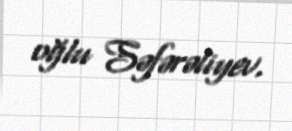
oğlu Səfərəliyev.